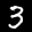
Label: 3